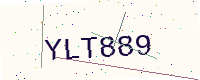
Text: YLT889